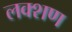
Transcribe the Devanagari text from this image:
लक्शण